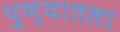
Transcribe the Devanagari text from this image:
पुण्यातला